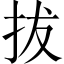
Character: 拔